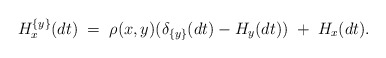
\begin{align*}H^{\{y\}}_x(dt)\; =\; \rho(x,y)(\delta_{\{y\}}(dt) - H_y(dt))\; +\; H_x(dt).\end{align*}